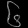
Digit: ၆